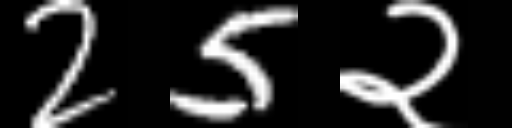
Text: 25२